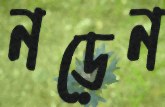
নড়েন